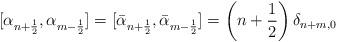
LaTeX: \begin{align*}[\alpha_{n+{1\over 2}}, \alpha_{m-{1\over 2}}] =[\bar \alpha_{n+{1\over 2}} , \bar \alpha_{m-{1\over 2}} ]=\left(n+{1\over 2}\right) \delta_{n+m,0}\end{align*}